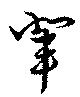
輩